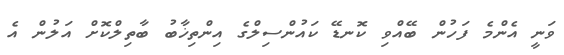
ވަނީ އެންމެ ފަހުން ބޭއްވި ކޮނޑޭ ކައުންސިލްގެ އިންތިޚާބު ބާތިލްކޮށް އަލުން އެ